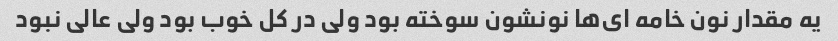
یه مقدار نون خامه ای‌ها نونشون سوخته بود ولی در کل خوب بود ولی عالی نبود